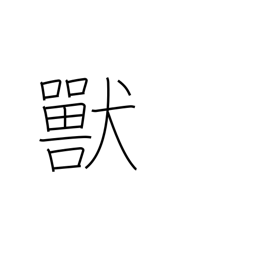
Meaning: bestial